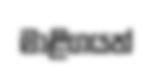
මාළිගයත්